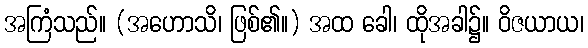
အကြံသည်။ (အဟောသိ၊ ဖြစ်၏။) အထ ခေါ၊ ထိုအခါ၌။ ဝိဇယာယ၊